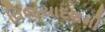
વિજયાદશમી